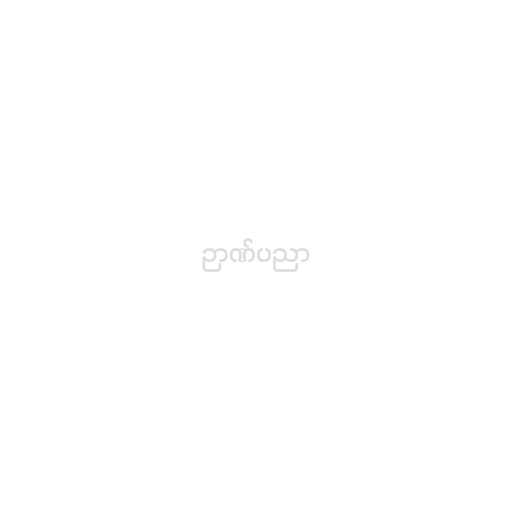
ဉာဏ်ပညာ